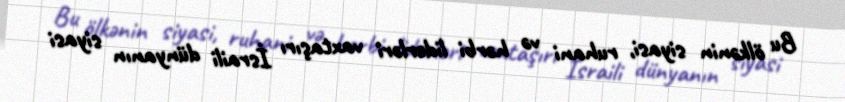
Bu ölkənin siyasi, ruhani və hərbi liderləri vaxtaşırı İsraili dünyanın siyasi